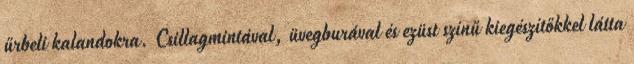
űrbeli kalandokra. Csillagmintával, üvegburával és ezüst színű kiegészítőkkel látta